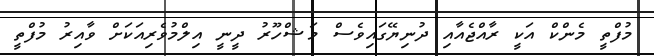
މުފްތީ މެންކް އަކީ ރާއްޖެއާއި ދުނިޔޭގައިވެސް މަޝްހޫރު ދީނީ އިލްމުވެރިއަކަށް ވާއިރު މުފްތީ